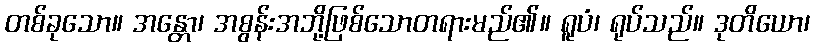
တစ်ခုသော။ အန္တော၊ အစွန်းအဘို့ဖြစ်သောတရားမည်၏။ ရူပံ၊ ရုပ်သည်။ ဒုတိယော၊